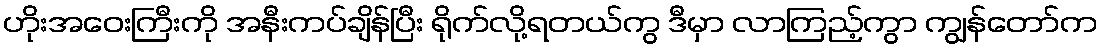
ဟိုးအဝေးကြီးကို အနီးကပ်ချိန်ပြီး ရိုက်လို့ရတယ်ကွ ဒီမှာ လာကြည့်ကွာ ကျွန်တော်က